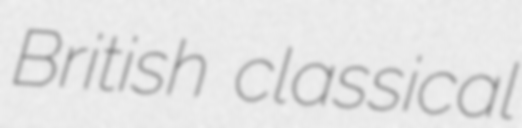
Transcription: British classical